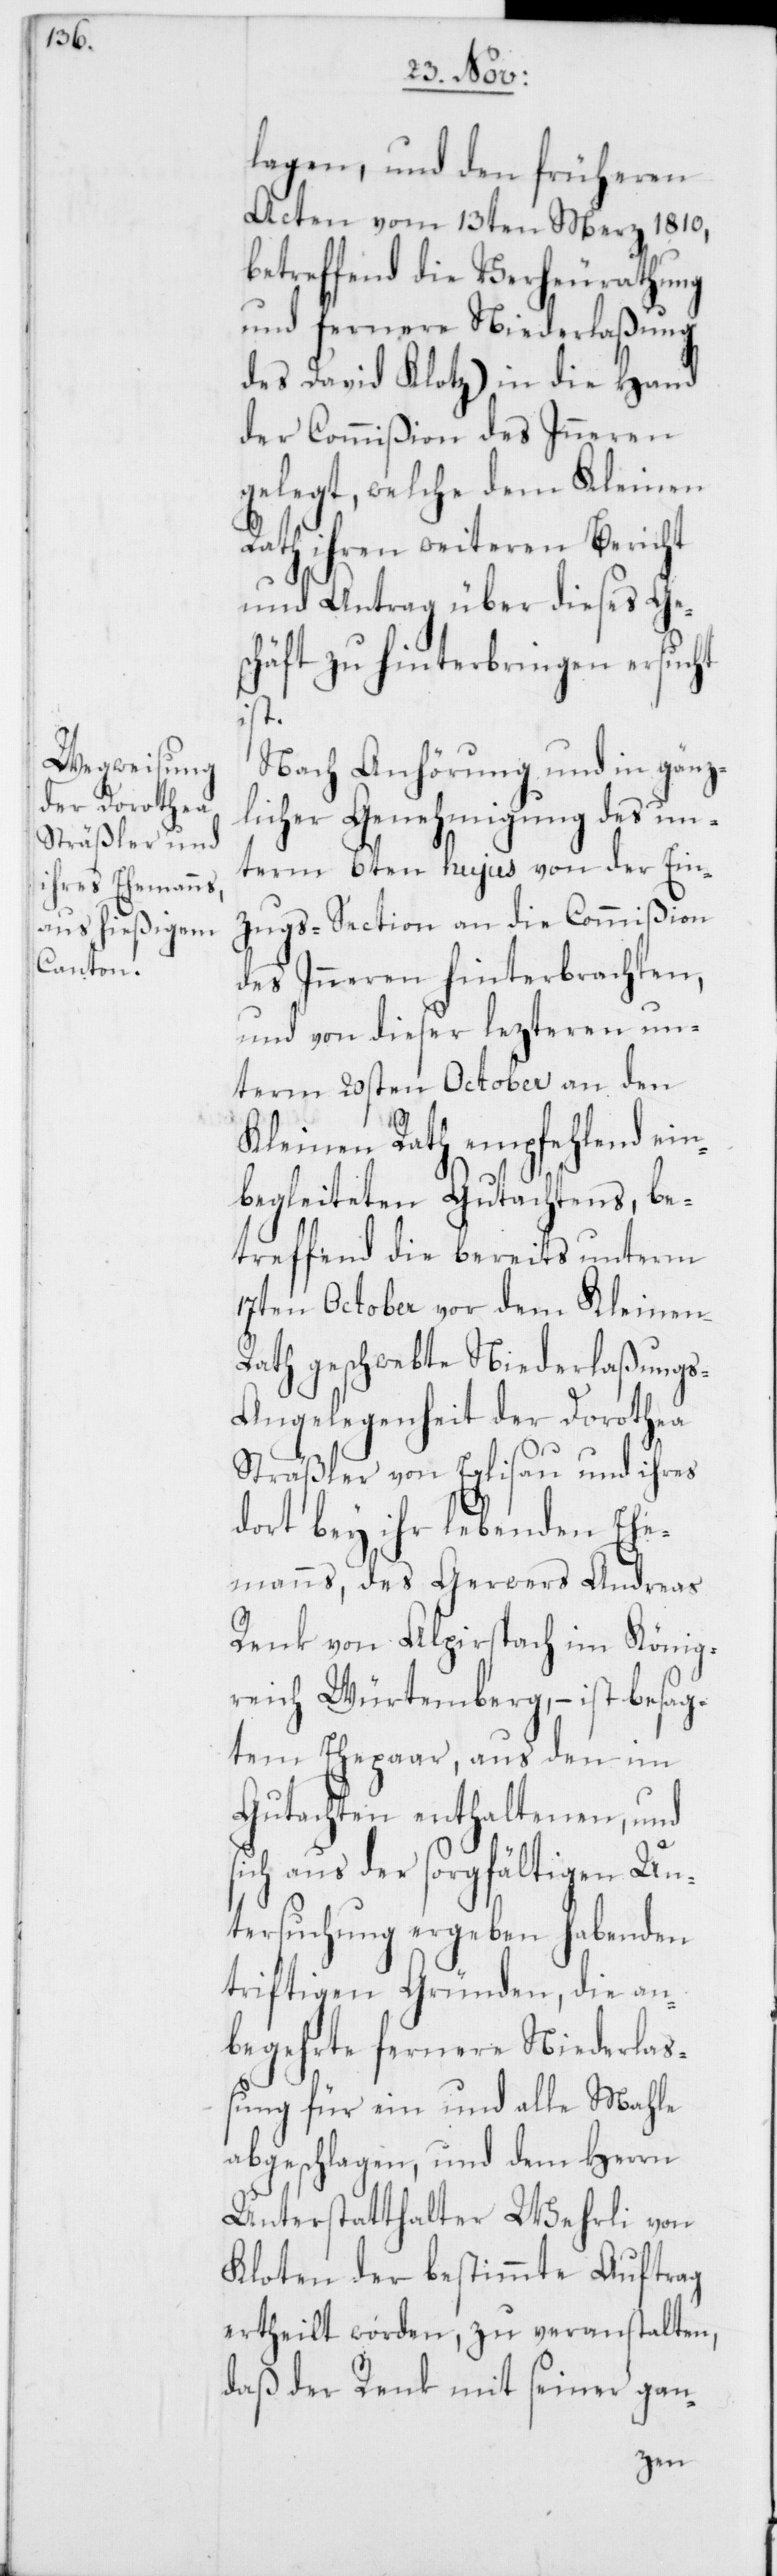
lagen und den früheren
Acten vom 13ten Merz 1810,
betreffend die Verheurathung
und fernere Niederlaßung
des David Klotz) in die Hand
der Commißion des Inneren
gelegt, welche dem Kleinen
Rath ihren weiteren Bericht
und Antrag über dieses Ges¬
chäft zu hinterbringen ersucht
ist.
Nach Anhörung und in gänz¬
licher Genehmigung des un¬
term 6ten hujus von der Ein¬
zugs-Section an die Commißion
des Inneren hinterbrachten,
und von dieser lezteren un¬
term 20sten October an den
Kleinen Rath empfehlend ein¬
begleiteten Gutachtens, be¬
treffend die bereits unterm
17ten October vor dem Kleinen
Rath geschwebte Niederlaßungs-A¬
ngelegenheit der Dorothea
Sträßler von Eglisau und ihres
dort bey ihr lebenden Ehe¬
manns, des Gerwers Andreas
Renk von Alpirspach im König¬
reich Würtemberg, – ist besag¬
tem Ehepaar, aus den im
Gutachten enthaltenen und
sich aus der sorgfältigen Un¬
tersuchung ergeben habenden
triftigen Gründen, die an¬
begehrte fernere Niederla¬
ßung für ein und alle Mahle
abgeschlagen, und dem Herrn
Unterstatthalter Wehrli von
Kloten der bestimmte Auftrag
ertheilt worden, zu veranstalten,
daß der Renk mit seiner gan-